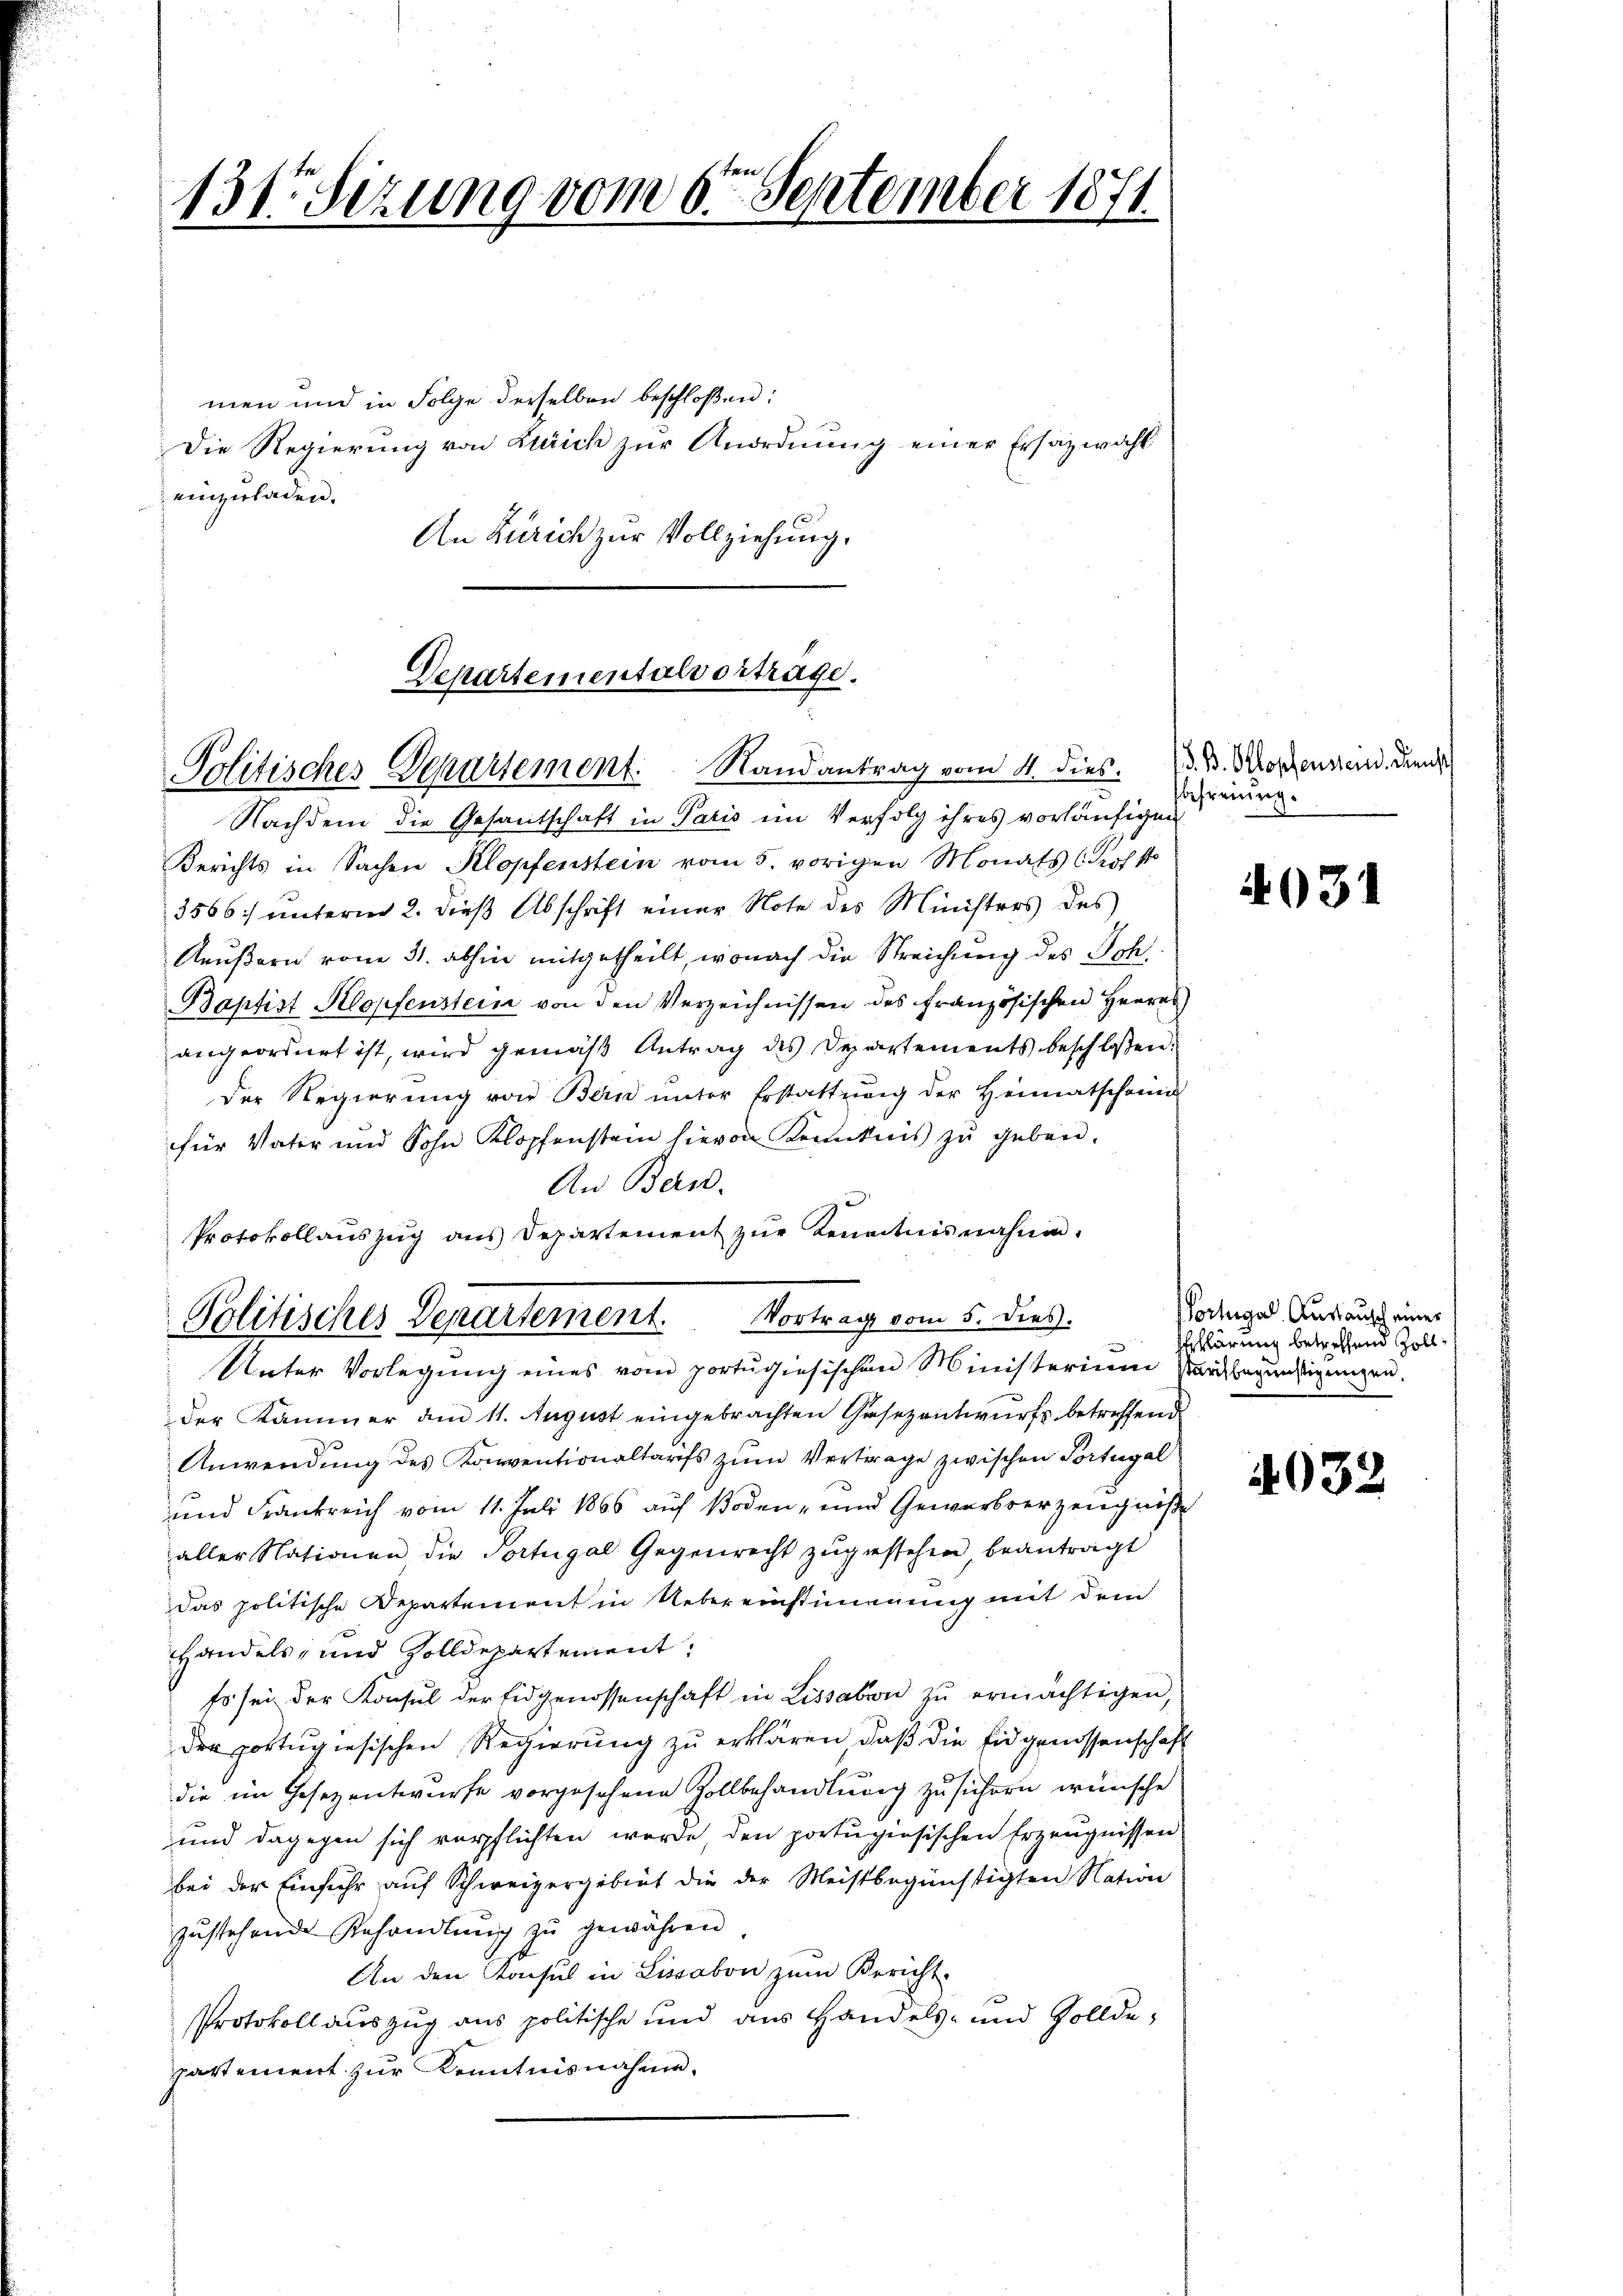
131. Sizung vom 6ten September 1871.

men und in Folge derselben beschloßen:
Die Regierung von Zürich zur Anordnung einer Ersatzwahl
einzuladen.
An Zürich zur Vollziehung.

Departementalvorträge.
Politisches Departement. Randantrag vom 4. dies. 1. V. Kopfensend, dien

Nachdem die Gesantschaft in Paris im Verfolg ihres vorläufigen
Berichts in Sachen Klopfenstein vom 5. vorigen Monats Prof.
3566) unterm 2. dieß Abschrift einer Note des Ministers des
Keußern vom 31. abhin mitgetheilt, wonach die Streichung des Sch.
Baptist Klopfenstein von den Verzeichnissen des Französischen Herres
angeordnet ist, wird gemäß Antrag des Departements beschlossen:
der Regierŭng von Bern ŭnter Erstattŭng der Heimatschon
für Vater und Sohn Klopfenstein hievon Kenntnis zu geben.
An Bern.
Protokollauszug aus Departement zŭr Kenntnisnahmen.
der Kammer am 11. August eingebrachten Gesezentwurfs betreffend
Anwendung des Konventionaltarifs zum Vertrage zwischen Portugal
und Frankreich vom 11. Juli 1866 auf Boden- und Gewerbverzeugniße
aller Nationen, die Portugal Gegenrecht zŭgestehen, beantragt
das politische Departement in Uebereinstimmung mit dem
Handels, und solldepartement:
so sei der Konsul der Eidgenossenschaft in Lissabon zu ermächtigen,
der portugisischen Regierung zu erklären, daß die Eidgenossenschaft
die im Gesezentwurfe vorgesehene Zollbehandlung zu sichern wünsche
und dagegen sich verpflichten werde, den portugisischen Erzeugnissen
bei der Einfuhr auf Schweizergebiet die der Meistbegünstigten Nation
zŭstehende Behandlŭng zŭ gewähren
An den Konsul in Lissabon zum Bericht
Protokoll auszug aus politische und aus Handels- und Zolldepartement zur Kenntnisnahme.

Politisches Departement. Vortrag vom 5. dies
Unter Vorlegung eines vom portugisischen Ministerium Partbegünstigungen.

befreiung.

031

ortugal. Auslausch einer
Erklärung betreffend Zoll¬

4032